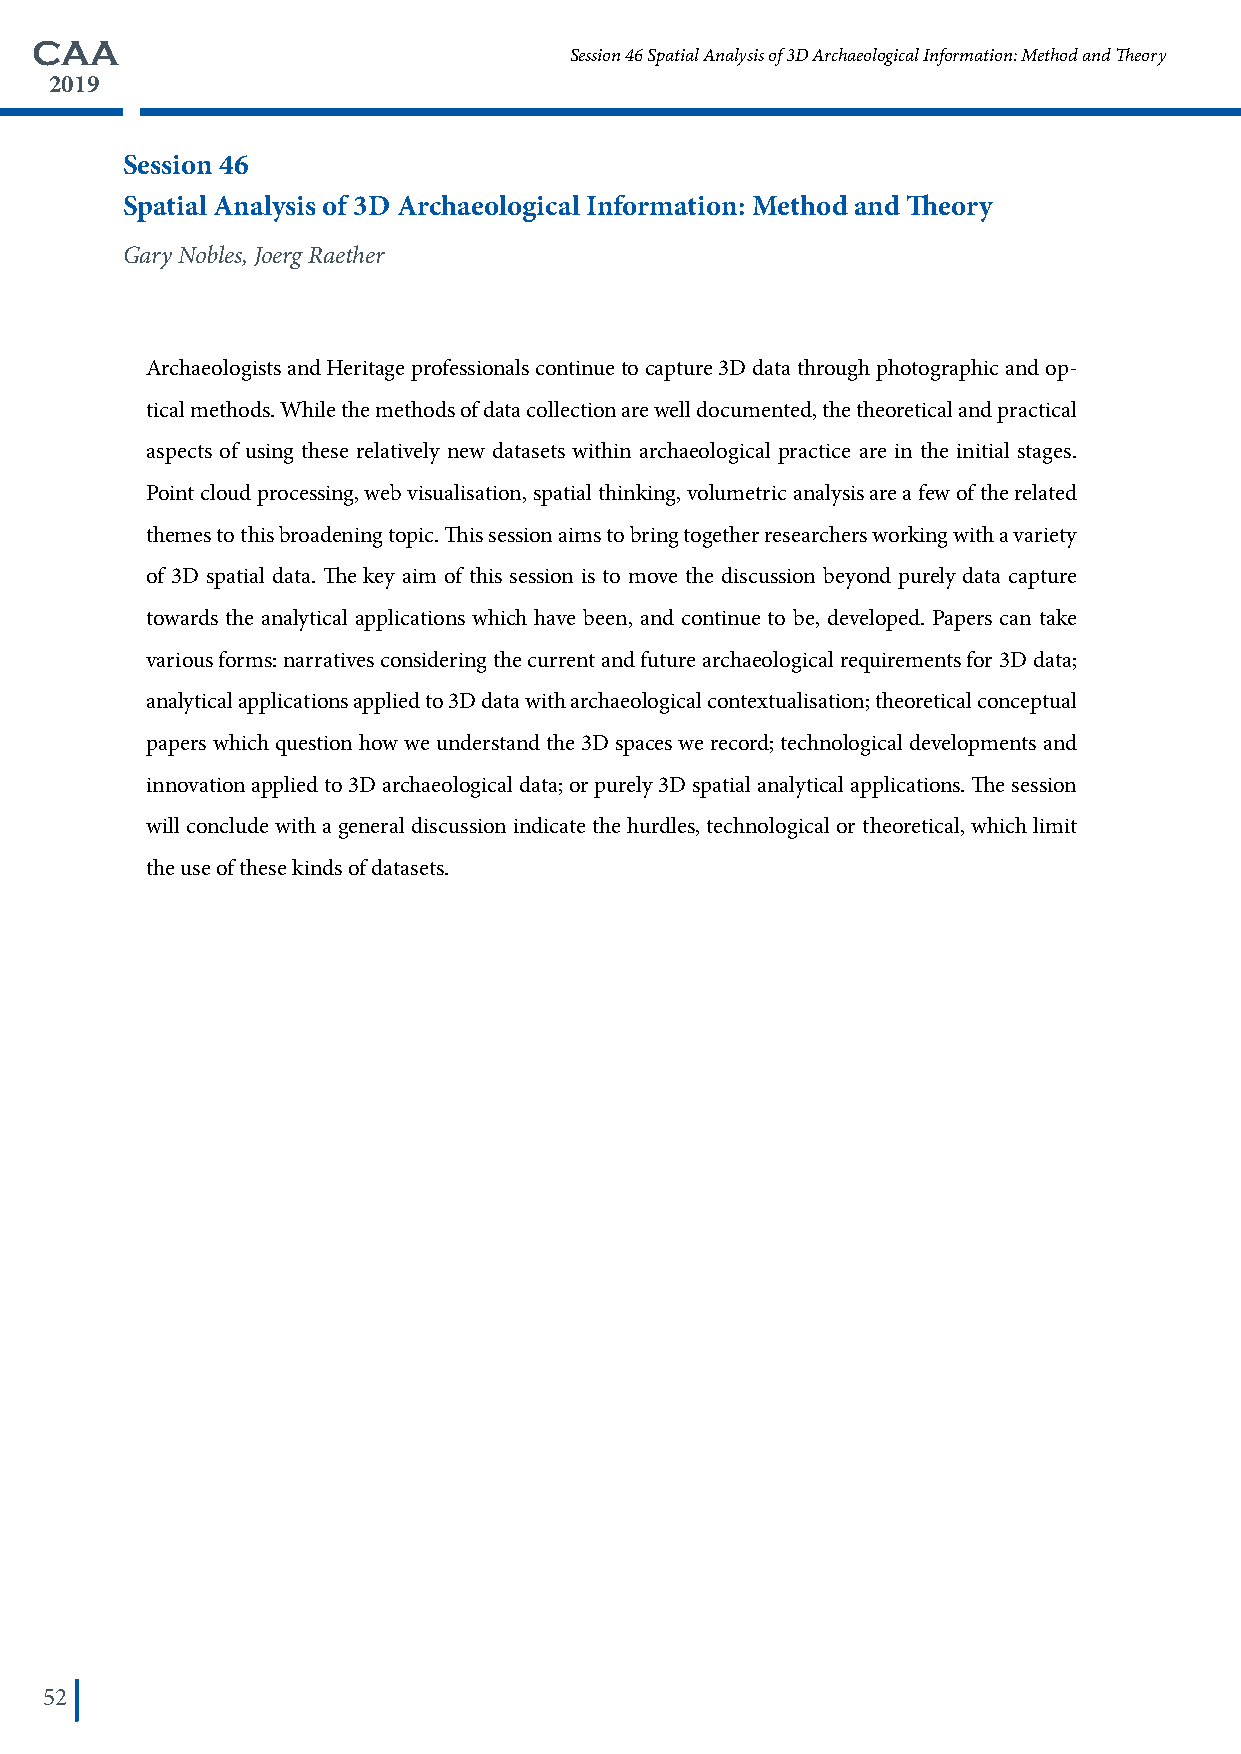
CAA
 Session 46 Spatial Analysis of 3D Archaeological Information: Method and Theory
 2019
 Session 46
 Spatial Analysis of 3D Archaeological Information: Method and Theory
 Gary Nobles, Joerg Raether
 Archaeologists and Heritage professionals continue to capture 3D data through photographic and op-
 tical methods. While the methods of data collection are well documented, the theoretical and practical
 aspects of using these relatively new datasets within archaeological practice are in the initial stages.
 Point cloud processing, web visualisation, spatial thinking, volumetric analysis are a few of the related
 themes to this broadening topic. This session aims to bring together researchers working with a variety
 of 3D spatial data. The key aim of this session is to move the discussion beyond purely data capture
 towards the analytical applications which have been, and continue to be, developed. Papers can take
 various forms: narratives considering the current and future archaeological requirements for 3D data;
 analytical applications applied to 3D data with archaeological contextualisation; theoretical conceptual
 papers which question how we understand the 3D spaces we record; technological developments and
 innovation applied to 3D archaeological data; or purely 3D spatial analytical applications. The session
 will conclude with a general discussion indicate the hurdles, technological or theoretical, which limit
 the use of these kinds of datasets.
 52